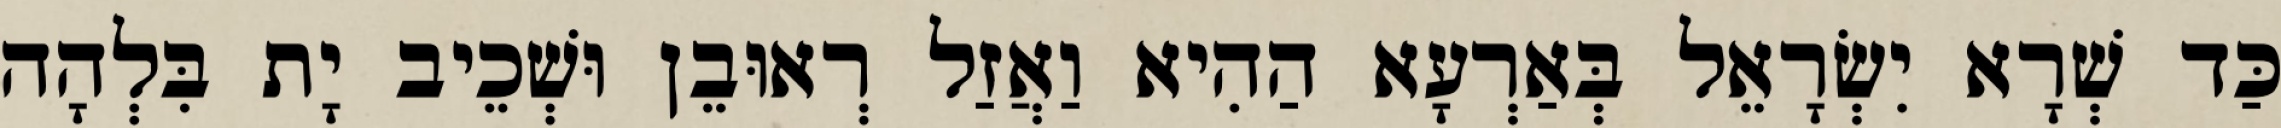
כַּד שְׁרָא יִשְׂרָאֵל בְּאַרְעָא הַהִיא וַאֲזַל רְאוּבֵן וּשְׁכֵיב יָת בִּלְהָה